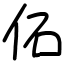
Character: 佦